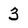
Character: 3